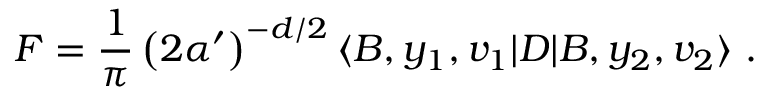
F = \frac { 1 } { \pi } \left( 2 \alpha ^ { \prime } \right) ^ { - d / 2 } \langle B , y _ { 1 } , v _ { 1 } | D | B , y _ { 2 } , v _ { 2 } \rangle ~ .